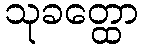
သုခတ္ထော